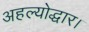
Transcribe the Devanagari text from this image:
अहल्योद्धार।